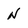
Character: N